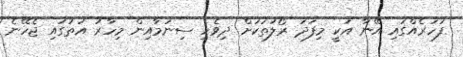
ފަހަރެއްގައި އޭނާ އަކީ މިފަދަ ރޯލުތަކަށް ދިވެހި ސިނަމާއިން މިހާރު އަތުގައި ޖެހޭނެ